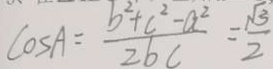
\cos A = \frac { b ^ { 2 } + c ^ { 2 } - a ^ { 2 } } { 2 b c } = \frac { \sqrt { 3 } } { 2 }